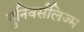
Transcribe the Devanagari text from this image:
युनिवर्सलिज्म